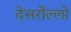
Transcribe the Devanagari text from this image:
देसर्रोल्लो